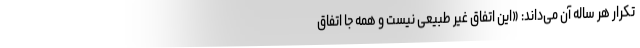
تکرار هر ساله آن می‌داند: «این اتفاق غیر طبیعی نیست و همه جا اتفاق